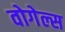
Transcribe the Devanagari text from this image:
वोगेल्स